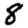
Digit: 8